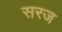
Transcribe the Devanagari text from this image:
सरज